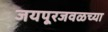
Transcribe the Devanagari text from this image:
जयपूरजवळच्या